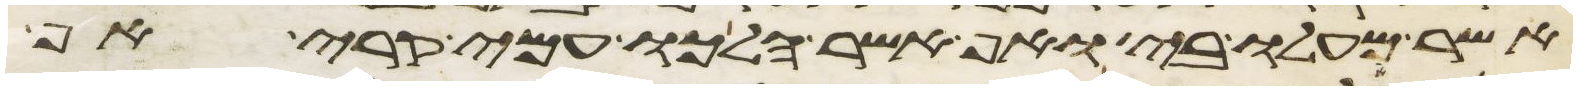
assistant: אשר מעלו בי ואף אשר הלכו עמי בקרי אף